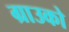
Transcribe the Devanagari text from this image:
ग्राउको